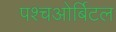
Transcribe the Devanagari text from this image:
पश्चओर्बिटल